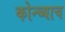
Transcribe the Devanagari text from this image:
कोन्च्याच